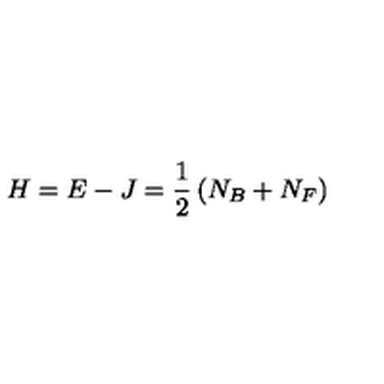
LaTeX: H = E - J = \frac { 1 } { 2 } \left( N _ { B } + N _ { F } \right)